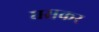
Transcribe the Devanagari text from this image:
घसकर